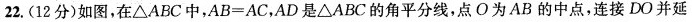
22.(12分)如图，在△ABC中，AB=AC，AD是△ABC的角平分线，点O为AB的中点，连接DO并延